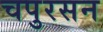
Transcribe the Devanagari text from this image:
चपुरसन